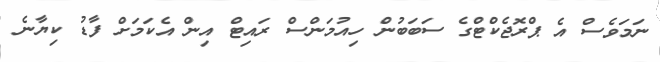
ނަމަވެސް އެ ޕްރޮޖެކްޓްގެ ސަބަބުން ހިއުމަންސް ރައިޓް އިން އެކަަމަށް ފާޑު ކިޔާނެ